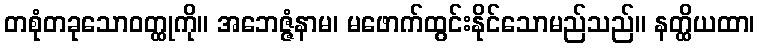
တစုံတခုသောဝတ္ထုကို။ အဘေဇ္ဇံနာမ၊ မဖောက်ထွင်းနိုင်သောမည်သည်။ နတ္ထိယထာ၊